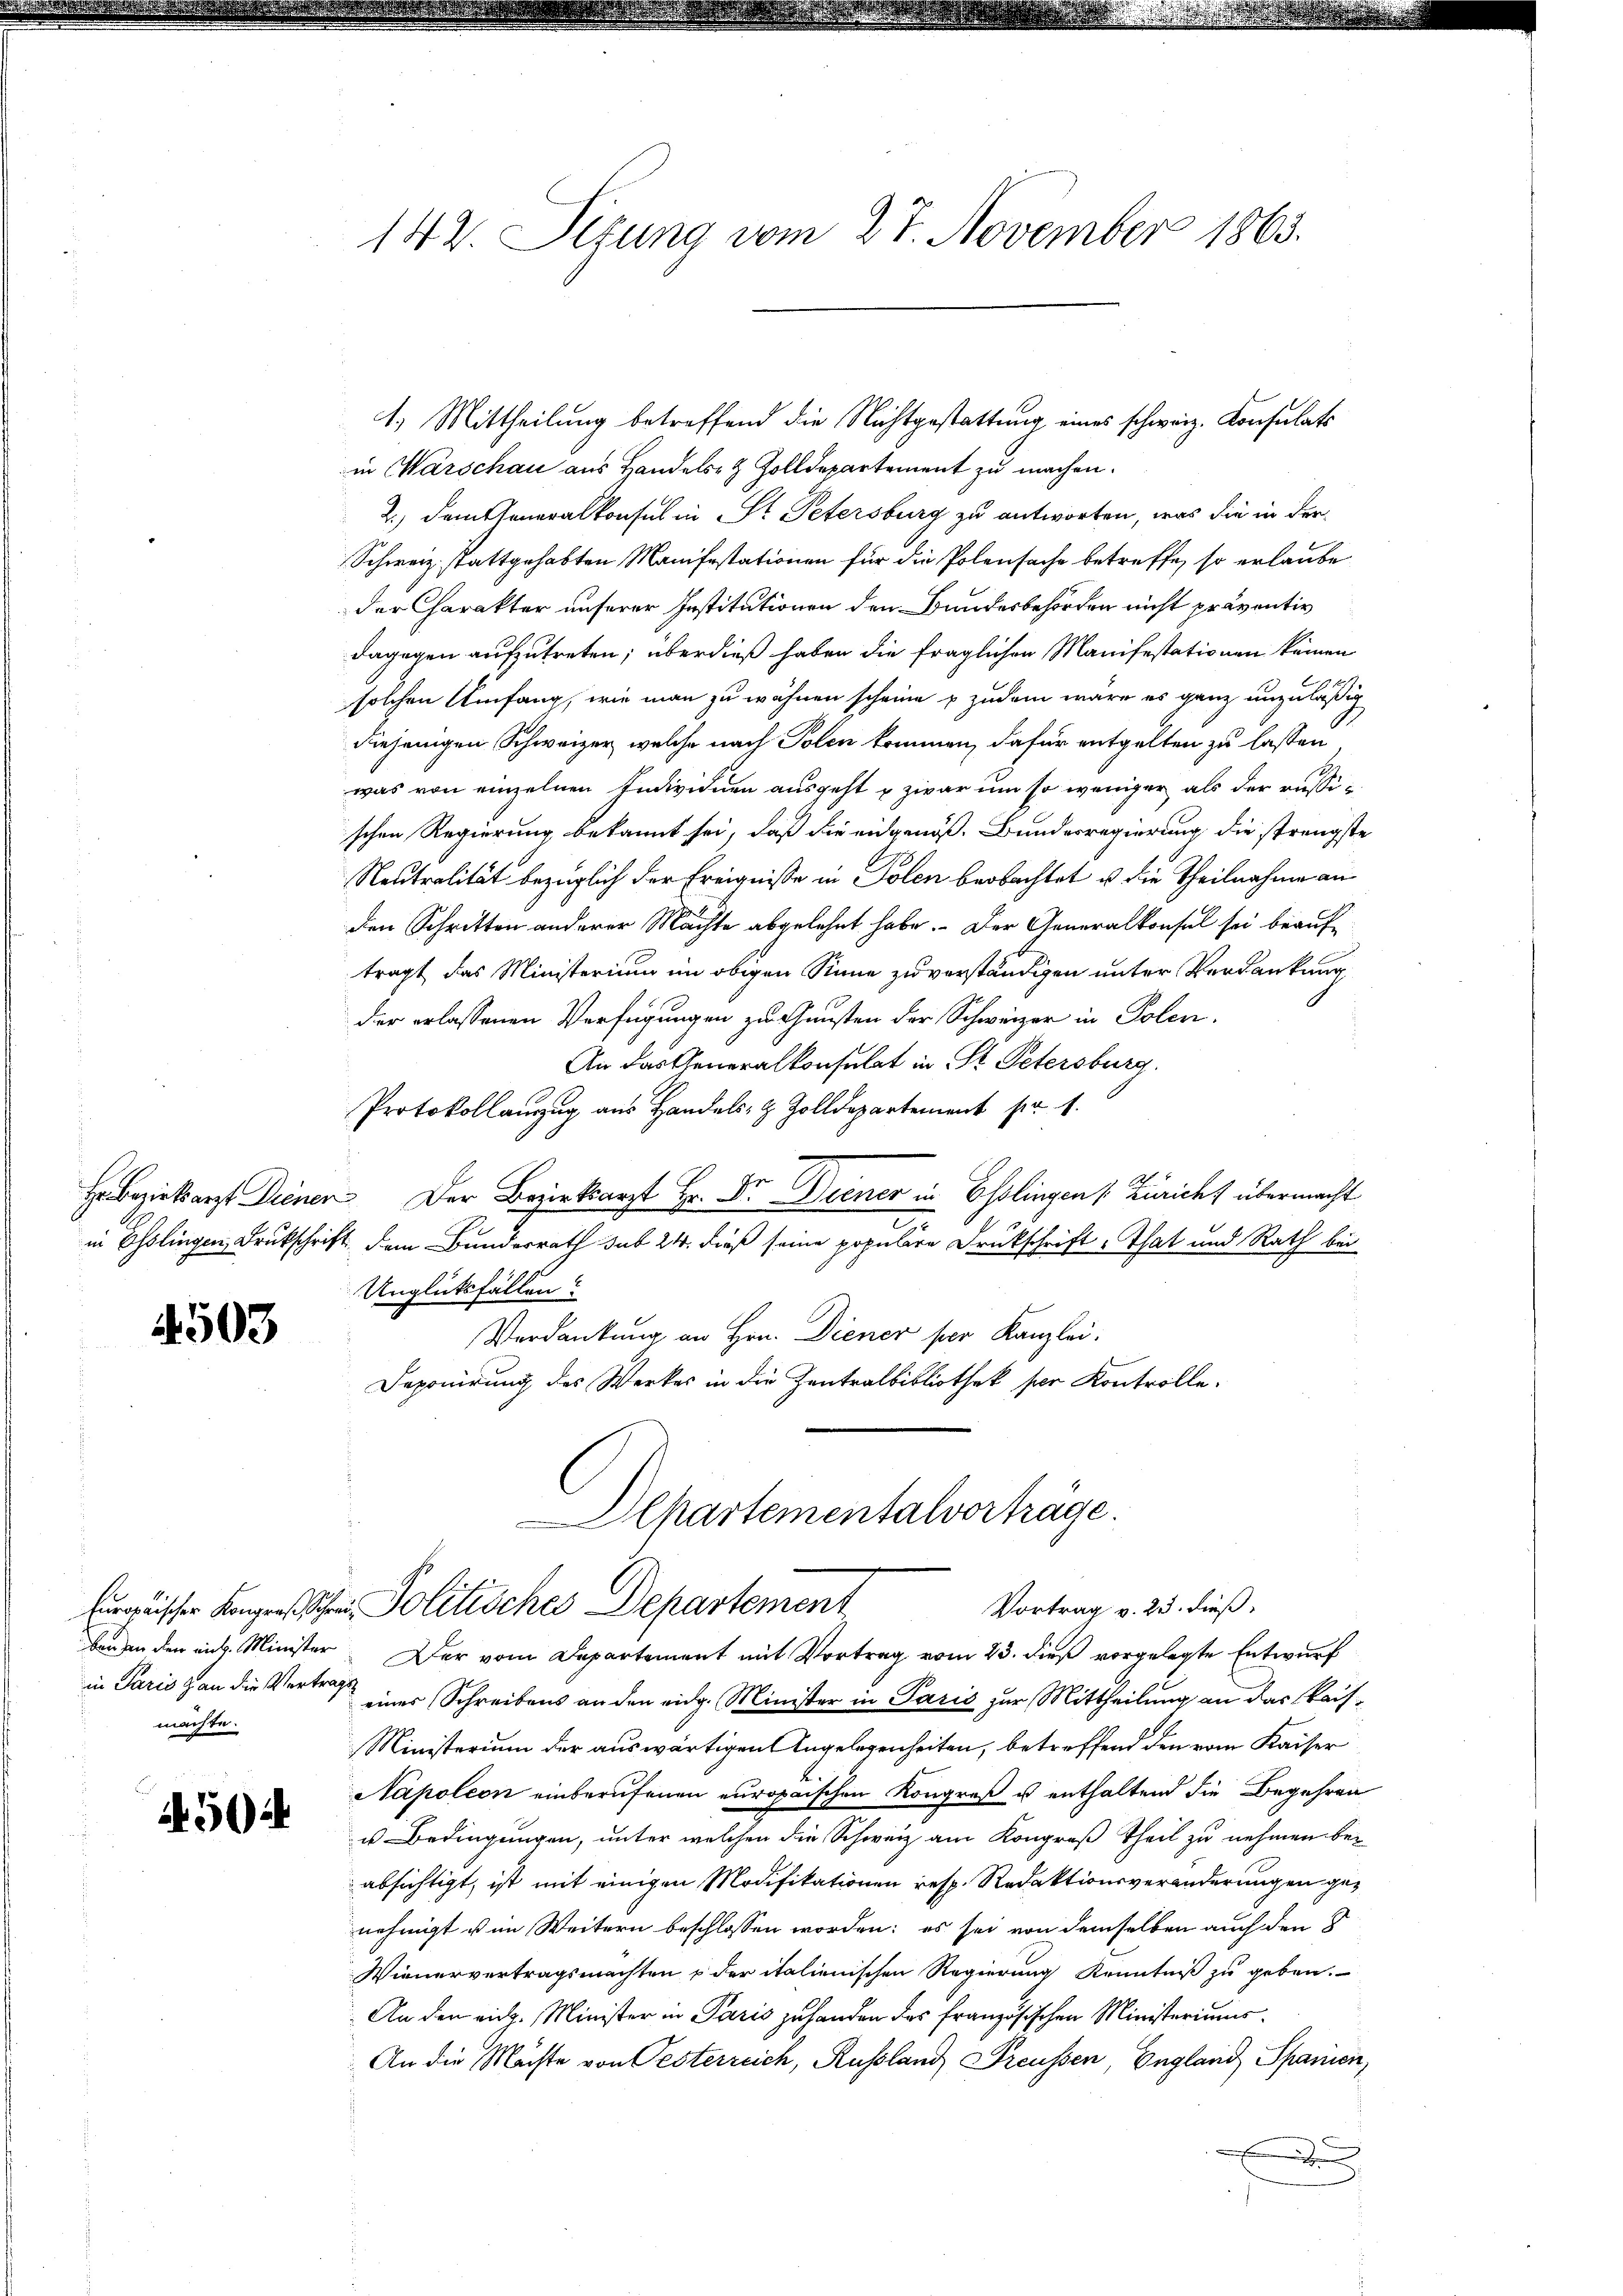
503

machte.

450

142. Situng vom 27. November 1863.

1.) Mittheilung betreffend die Nichtgestattung eines schweiz. Konsulats
in Warschau aus Handels- & Zolldepartement zu machen.
2.) Demsseneralkonsul in St. Petersburg zu antworten, was die in der
Schweiz. stattgehabten Manifestationen für die Polensache betreffe, so erlaube
der Charakter unserer Institutionen den Bundesbehörden nicht präventiv
dagegen aufzutreten; überdieß haben die fraglichen Manifestationen keinen
solchen Umfang, wie man zu wähnen scheine & zudem wäre es ganz unzuläßig
diejenigen Schweizer, welche nach Polen kommen, dafür entgelten zu lassen
was von einzelnen Individuen ausgeht u zwar um so weniger als der russischen Regierung bekannt sei, daß die eidgenöß- Bundesregierung, die strengste
Neutralität bezüglich der Ereigniße in Polen beobachtet u. die Theilnahme an
den Schritten anderer Machte abgelehnt habe. Der Generalkonsel sei beauftragt das Ministerium im obigen Sinne zu verständigen unter Verdankung
der erlassenen Verfügungen zu Gunsten der Schweizer in Polen.
An das Generalkonsulat in St. Petersburg.
Protokollanzug aus Handels- & Zolldepartement pr. 1.
H. bezirksarzt Deinen. Der Bezirksarzt Hr. Dr. Diener in Esslingen (Züricht übermacht
c
in Esslingen Drukschrift dem Bunderrath sub 24. dieß seine populäre Druckschrift That und Rath bei
Unglüksfällen?
Verdankung an Hrn. Diener per Kanzlei.
Deponirung des Werkes in die Zentralbibliothek per Kontrolle.
Alpartementalvorträge.
Engischer Konzesschen Politisches Departement
Vortrag v. 23. dieß,
bangen den ein. Minister. Der vom Departement mit Vortrag vom 23. dieß vorgelegte Entwurf
in Paris an die Vertrag einer Schreibens an den eidg. Minister in Paris zur Mittheilung an das kais¬
Ministerium der auswärtigen Angelegenheiten, betreffend den vom Kaiser
Napoleon einberufenen europaischen Kongreß u enthaltend die Begehren
u Bedingungen, unter welchen die Schweiz am Kongreß Theil zu nehmen beabsichtigt, ist mit einigen Modifikationen resp. Redaktionsveränderungen genehmigt u im Weitern beschlossen worden; es sei von demselben auch den
Wienervertragsmachten & der italienischen Regierung Kenntniß zu geben.
An den eidg. Minister in Paris zu handen das französischen Ministeriums¬
An die Mächte von Oesterreich, Russland, Freussen, England Spanien,
.